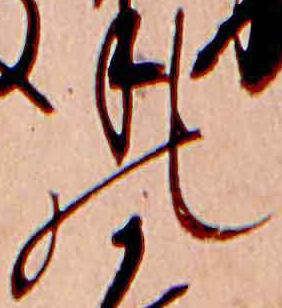
の